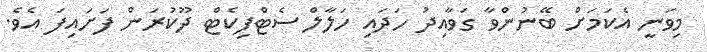
މިވަނީ އެކަމަށް ބޭނުންވާ ގަވާއިދު ހަދައި ހަލާލް ސެޓްފިކެޓް ދޫކުރަން ފަށައިފަ އެވެ.